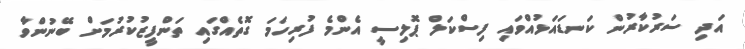
އަދި ސަރުކާރުން ކަނޑައަޅުއްވައި ފިސްކަލް ޕޮލިސީ އެންމެ ފުރިހަމަ ގޮތެއްގައި ތަންފީޒުކުރުމަށް ބޭނުންވާ